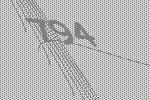
794